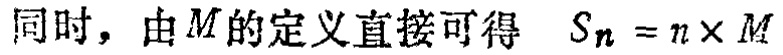
同时，由\(M\)的定义直接可得 \(S_n = n\times M\)